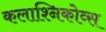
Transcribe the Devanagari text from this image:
कलाश्निकोव्स